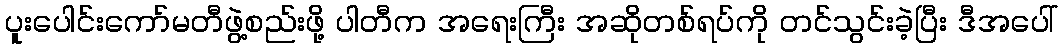
ပူးပေါင်းကော်မတီဖွဲ့စည်းဖို့ ပါတီက အရေးကြီး အဆိုတစ်ရပ်ကို တင်သွင်းခဲ့ပြီး ဒီအပေါ်